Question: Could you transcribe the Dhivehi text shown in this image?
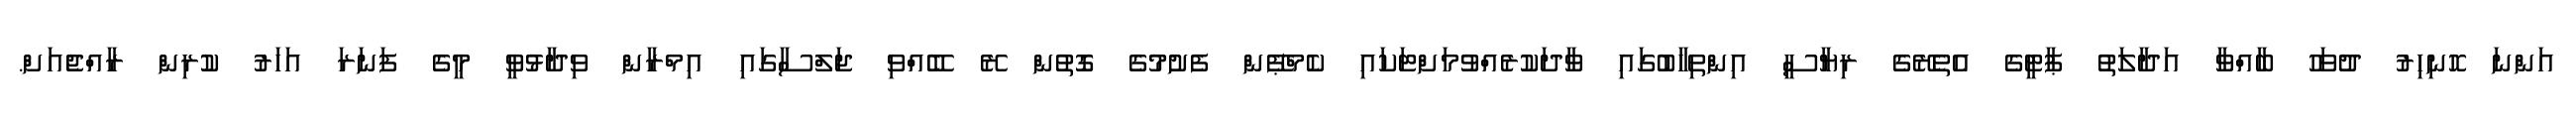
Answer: އަންނަ ހޮނިހިރު ދުވަހު ބާއްވާ އަދާލަތު ޕާޓީގެ އެތެރޭގެ ރިޔާސީ އިންތިހާބުގައި ވާދަކުރެއްވުމަށްޓަކައި ކެމްޕޭން ފެށުމުގެ ގޮތުން ރޭ ބޭއްވި ޖަލްސާގައި އިމްރާން ވިދާޅުވީ މީގެ ފަނަރަ އަހަރު ކުރިން ރާއްޖެއަށް.